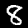
Digit: 8